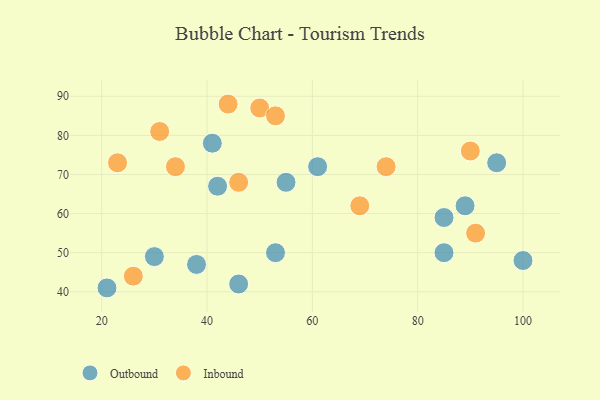
{"axis": {"x": "GDP", "y": "Life Expectancy"}, "legend": ["Inbound", "Outbound"], "data": [{"x": "100", "y": 48, "type": "Outbound"}, {"x": "21", "y": 41, "type": "Outbound"}, {"x": "30", "y": 49, "type": "Outbound"}, {"x": "85", "y": 50, "type": "Outbound"}, {"x": "95", "y": 73, "type": "Outbound"}, {"x": "41", "y": 78, "type": "Outbound"}, {"x": "53", "y": 50, "type": "Outbound"}, {"x": "55", "y": 68, "type": "Outbound"}, {"x": "85", "y": 59, "type": "Outbound"}, {"x": "89", "y": 62, "type": "Outbound"}, {"x": "38", "y": 47, "type": "Outbound"}, {"x": "61", "y": 72, "type": "Outbound"}, {"x": "46", "y": 42, "type": "Outbound"}, {"x": "42", "y": 67, "type": "Outbound"}, {"x": "91", "y": 55, "type": "Inbound"}, {"x": "31", "y": 81, "type": "Inbound"}, {"x": "50", "y": 87, "type": "Inbound"}, {"x": "34", "y": 72, "type": "Inbound"}, {"x": "53", "y": 85, "type": "Inbound"}, {"x": "23", "y": 73, "type": "Inbound"}, {"x": "74", "y": 72, "type": "Inbound"}, {"x": "46", "y": 68, "type": "Inbound"}, {"x": "26", "y": 44, "type": "Inbound"}, {"x": "90", "y": 76, "type": "Inbound"}, {"x": "44", "y": 88, "type": "Inbound"}, {"x": "69", "y": 62, "type": "Inbound"}]}